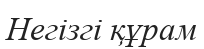
Негізгі құрам